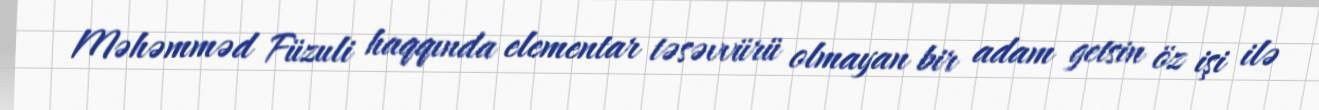
Məhəmməd Füzuli haqqında elementar təsəvvürü olmayan bir adam getsin öz işi ilə